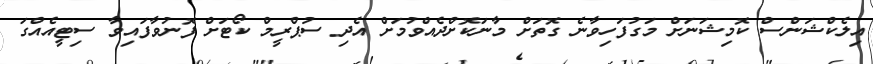
އިލެކްޝަންސް ކޮމިޝަނަށް މަގުފަހިވާނެ ގޮތަށް މާނަކޮށްދެއްވުމަށް އެދި ސުޕްރީމް ކޯޓަށް ފޮނުވާފައިވާ ސިޓީއެއްގަ